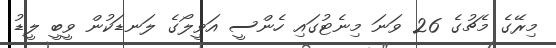
މިރޭގެ މެޗުގެ 26 ވަނަ މިނެޓުގައި ހެންސީ އަވީލޯގެ ލަނޑަކުން ވީބީ ލީޑު